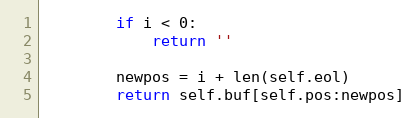
Language: Python
        if i < 0:
            return ''

        newpos = i + len(self.eol)
        return self.buf[self.pos:newpos]